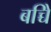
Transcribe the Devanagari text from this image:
बच्चेि